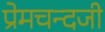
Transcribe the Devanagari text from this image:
प्रेमचन्दजी